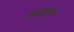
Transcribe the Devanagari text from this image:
इम्यूरान